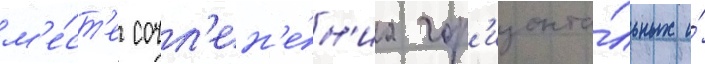
м'е́ст'е сочл'ен'е́н'иа гор'изонта́льных и́